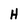
Character: H